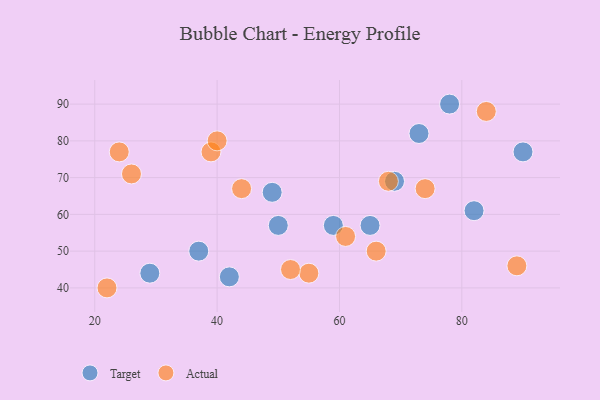
{"axis": {"x": "GDP", "y": "Life Expectancy"}, "legend": ["Actual", "Target"], "data": [{"x": "42", "y": 43, "type": "Target"}, {"x": "50", "y": 57, "type": "Target"}, {"x": "78", "y": 90, "type": "Target"}, {"x": "90", "y": 77, "type": "Target"}, {"x": "59", "y": 57, "type": "Target"}, {"x": "37", "y": 50, "type": "Target"}, {"x": "49", "y": 66, "type": "Target"}, {"x": "82", "y": 61, "type": "Target"}, {"x": "73", "y": 82, "type": "Target"}, {"x": "29", "y": 44, "type": "Target"}, {"x": "69", "y": 69, "type": "Target"}, {"x": "65", "y": 57, "type": "Target"}, {"x": "39", "y": 77, "type": "Actual"}, {"x": "74", "y": 67, "type": "Actual"}, {"x": "68", "y": 69, "type": "Actual"}, {"x": "40", "y": 80, "type": "Actual"}, {"x": "55", "y": 44, "type": "Actual"}, {"x": "52", "y": 45, "type": "Actual"}, {"x": "26", "y": 71, "type": "Actual"}, {"x": "61", "y": 54, "type": "Actual"}, {"x": "84", "y": 88, "type": "Actual"}, {"x": "24", "y": 77, "type": "Actual"}, {"x": "22", "y": 40, "type": "Actual"}, {"x": "44", "y": 67, "type": "Actual"}, {"x": "89", "y": 46, "type": "Actual"}, {"x": "66", "y": 50, "type": "Actual"}]}